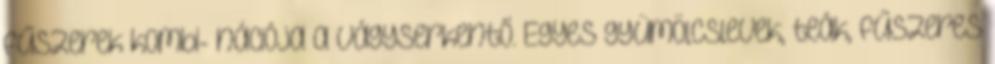
fűszerek kombi- nációja a vágyserkentő. Egyes gyümölcslevek, teák, fűszeres